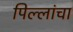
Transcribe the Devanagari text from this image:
पिल्लांचा